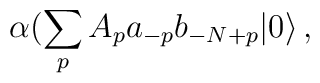
\alpha(\sum_p A_p a_{-p}b_{-N+p}|0\rangle\,,